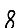
Digit: 8